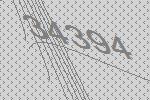
34394